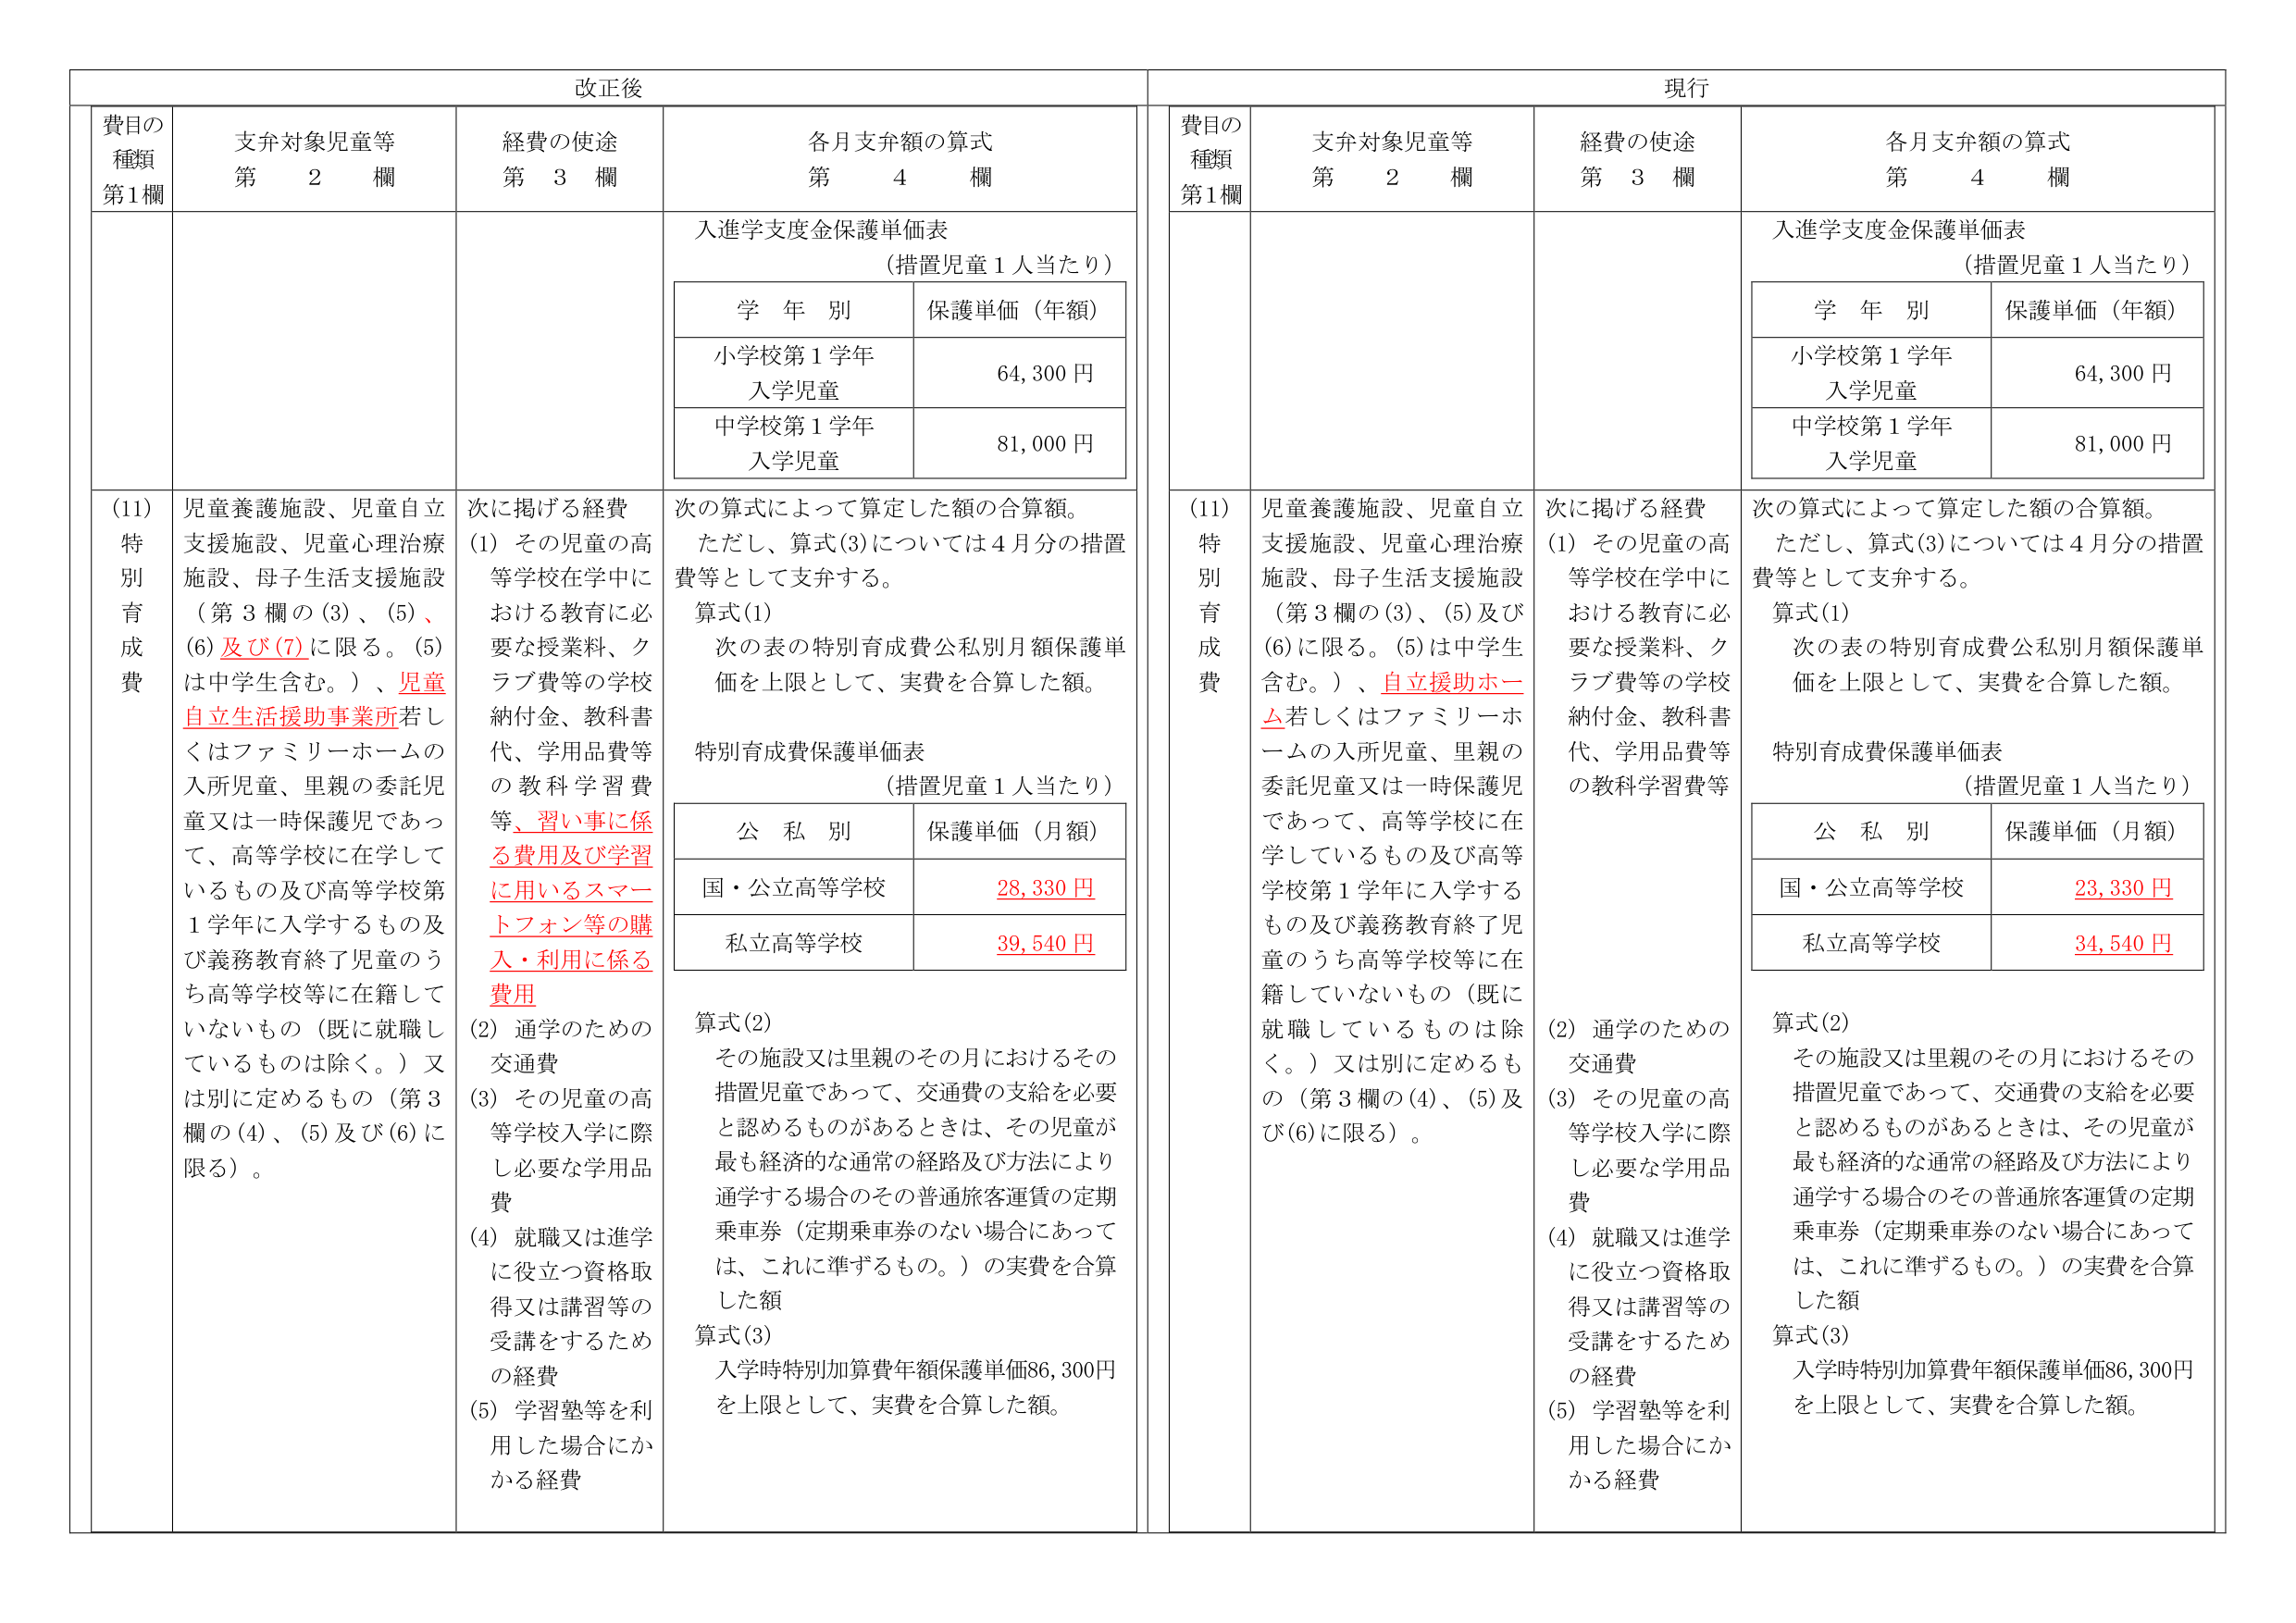
改正後

費目の種類 第1欄
支弁対象児童等 第 2 欄
経費の使途 第 3 欄
各月支弁額の算式 第 4 欄

入進学支度金保護単価表
（措置児童 1 人当たり）

学 年 別 保護単価（年額）
小学校第1学年 入学児童 64,300 円
中学校第1学年 入学児童 81,000 円

(11) 特別育成費
児童養護施設、児童自立支援施設、児童心理治療施設、母子生活支援施設（第3欄の(3)、(5)、(6)及び(7)に限る。(5)は中学生含む。）、児童自立生活援助事業所若しくはファミリーホームの入所児童、里親の委託児童又は一時保護児であって、高等学校に在学しているもの及び高等学校第1学年に入学するもの及び義務教育終了児童のうち高等学校等に在籍していないもの（既に就職しているものは除く。）又は別に定めるもの（第3欄の(4)、(5)及び(6)に限る）。

次に掲げる経費
(1) その児童の高等学校在学中における教育に必要な授業料、クラブ費等の学校納付金、教科書代、学用品費等の教科学習費等、習い事に係る費用及び学習に用いるスマートフォン等の購入・利用に係る費用
(2) 通学のための交通費
(3) その児童の高等学校入学に際し必要な学用品費
(4) 就職又は進学に役立つ資格取得又は講習等の受講をするための経費
(5) 学習塾等を利用した場合にかかる経費

次の算式によって算定した額の合算額。
ただし、算式(3)については4月分の措置費等として支弁する。
算式(1)
次の表の特別育成費公私別月額保護単価を上限として、実費を合算した額。

特別育成費保護単価表
（措置児童 1 人当たり）

公 私 別 保護単価（月額）
国・公立高等学校 28,330 円
私立高等学校 39,540 円

算式(2)
その施設又は里親のその月におけるその措置児童であって、交通費の支給を必要と認めるものがあるときは、その児童が最も経済的な通常の経路及び方法により通学する場合のその普通旅客運賃の定期乗車券（定期乗車券のない場合にあっては、これに準ずるもの。）の実費を合算した額

算式(3)
入学時特別加算費年額保護単価86,300円を上限として、実費を合算した額。

現行

費目の種類 第1欄
支弁対象児童等 第 2 欄
経費の使途 第 3 欄
各月支弁額の算式 第 4 欄

入進学支度金保護単価表
（措置児童 1 人当たり）

学 年 別 保護単価（年額）
小学校第1学年 入学児童 64,300 円
中学校第1学年 入学児童 81,000 円

(11) 特別育成費
児童養護施設、児童自立支援施設、児童心理治療施設、母子生活支援施設（第3欄の(3)、(5)及び(6)に限る。(5)は中学生含む。）、自立援助ホーム若しくはファミリーホームの入所児童、里親の委託児童又は一時保護児であって、高等学校に在学しているもの及び高等学校第1学年に入学するもの及び義務教育終了児童のうち高等学校等に在籍していないもの（既に就職しているものは除く。）又は別に定めるもの（第3欄の(4)、(5)及び(6)に限る）。

次に掲げる経費
(1) その児童の高等学校在学中における教育に必要な授業料、クラブ費等の学校納付金、教科書代、学用品費等の教科学習費等
(2) 通学のための交通費
(3) その児童の高等学校入学に際し必要な学用品費
(4) 就職又は進学に役立つ資格取得又は講習等の受講をするための経費
(5) 学習塾等を利用した場合にかかる経費

次の算式によって算定した額の合算額。
ただし、算式(3)については4月分の措置費等として支弁する。
算式(1)
次の表の特別育成費公私別月額保護単価を上限として、実費を合算した額。

特別育成費保護単価表
（措置児童 1 人当たり）

公 私 別 保護単価（月額）
国・公立高等学校 23,330 円
私立高等学校 34,540 円

算式(2)
その施設又は里親のその月におけるその措置児童であって、交通費の支給を必要と認めるものがあるときは、その児童が最も経済的な通常の経路及び方法により通学する場合のその普通旅客運賃の定期乗車券（定期乗車券のない場合にあっては、これに準ずるもの。）の実費を合算した額

算式(3)
入学時特別加算費年額保護単価86,300円を上限として、実費を合算した額。